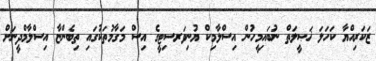
ޒަކަރިއްޔާ ކަހަލަ ޚަޞީލަތް ނުބައިމީހުން އިސްލާމިކް ޔުނިވަރސިޓީގެ އިސް މަގާމުތަކުގައި ތިބެންޏާ އިސްލާމްދީނަށް